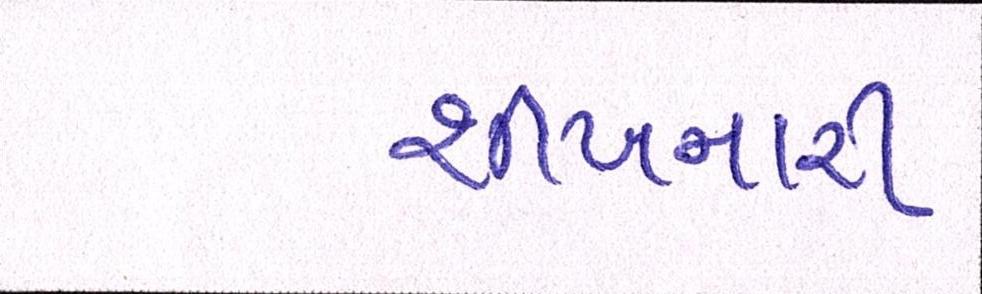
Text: શીખનારી